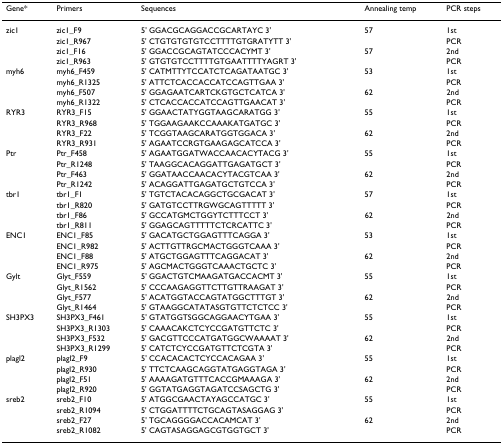
<table><thead><tr><td><b>Gene*</b></td><td><b>Primers</b></td><td><b>Sequences</b></td><td><b>Annealing temp</b></td><td><b>PCR steps</b></td></tr></thead><tbody><tr><td>zic1</td><td>zic1_F9</td><td>5&#x27; GGACGCAGGACCGCARTAYC 3&#x27;</td><td>57</td><td>1st</td></tr><tr><td></td><td>zic1_R967</td><td>5&#x27; CTGTGTGTGTCCTTTTGTGRATYTT 3&#x27;</td><td></td><td>PCR</td></tr><tr><td></td><td>zic1_F16</td><td>5&#x27; GGACCGCAGTATCCCACYMT 3&#x27;</td><td>57</td><td>2nd</td></tr><tr><td></td><td>zic1_R963</td><td>5&#x27; GTGTGTCCTTTTGTGAATTTTYAGRT 3&#x27;</td><td></td><td>PCR</td></tr><tr><td>myh6</td><td>myh6_F459</td><td>5&#x27; CATMTTYTCCATCTCAGATAATGC 3&#x27;</td><td>53</td><td>1st</td></tr><tr><td></td><td>myh6_R1325</td><td>5&#x27; ATTCTCACCACCATCCAGTTGAA 3&#x27;</td><td></td><td>PCR</td></tr><tr><td></td><td>myh6_F507</td><td>5&#x27; GGAGAATCARTCKGTGCTCATCA 3&#x27;</td><td>62</td><td>2nd</td></tr><tr><td></td><td>myh6_R1322</td><td>5&#x27; CTCACCACCATCCAGTTGAACAT 3&#x27;</td><td></td><td>PCR</td></tr><tr><td>RYR3</td><td>RYR3_F15</td><td>5&#x27; GGAACTATYGGTAAGCARATGG 3&#x27;</td><td>55</td><td>1st</td></tr><tr><td></td><td>RYR3_R968</td><td>5&#x27; TGGAAGAAKCCAAAKATGATGC 3&#x27;</td><td></td><td>PCR</td></tr><tr><td></td><td>RYR3_F22</td><td>5&#x27; TCGGTAAGCARATGGTGGACA 3&#x27;</td><td>62</td><td>2nd</td></tr><tr><td></td><td>RYR3_R931</td><td>5&#x27; AGAATCCRGTGAAGAGCATCCA 3&#x27;</td><td></td><td>PCR</td></tr><tr><td>Ptr</td><td>Ptr_F458</td><td>5&#x27; AGAATGGATWACCAACACYTACG 3&#x27;</td><td>55</td><td>1st</td></tr><tr><td></td><td>Ptr_R1248</td><td>5&#x27; TAAGGCACAGGATTGAGATGCT 3&#x27;</td><td></td><td>PCR</td></tr><tr><td></td><td>Ptr_F463</td><td>5&#x27; GGATAACCAACACYTACGTCAA 3&#x27;</td><td>62</td><td>2nd</td></tr><tr><td></td><td>Ptr_R1242</td><td>5&#x27; ACAGGATTGAGATGCTGTCCA 3&#x27;</td><td></td><td>PCR</td></tr><tr><td>tbr1</td><td>tbr1_F1</td><td>5&#x27; TGTCTACACAGGCTGCGACAT 3&#x27;</td><td>57</td><td>1st</td></tr><tr><td></td><td>tbr1_R820</td><td>5&#x27; GATGTCCTTRGWGCAGTTTTT 3&#x27;</td><td></td><td>PCR</td></tr><tr><td></td><td>tbr1_F86</td><td>5&#x27; GCCATGMCTGGYTCTTTCCT 3&#x27;</td><td>62</td><td>2nd</td></tr><tr><td></td><td>tbr1_R811</td><td>5&#x27; GGAGCAGTTTTTCTCRCATTC 3&#x27;</td><td></td><td>PCR</td></tr><tr><td>ENC1</td><td>ENC1_F85</td><td>5&#x27; GACATGCTGGAGTTTCAGGA 3&#x27;</td><td>53</td><td>1st</td></tr><tr><td></td><td>ENC1_R982</td><td>5&#x27; ACTTGTTRGCMACTGGGTCAAA 3&#x27;</td><td></td><td>PCR</td></tr><tr><td></td><td>ENC1_F88</td><td>5&#x27; ATGCTGGAGTTTCAGGACAT 3&#x27;</td><td>62</td><td>2nd</td></tr><tr><td></td><td>ENC1_R975</td><td>5&#x27; AGCMACTGGGTCAAACTGCTC 3&#x27;</td><td></td><td>PCR</td></tr><tr><td>Gylt</td><td>Glyt_F559</td><td>5&#x27; GGACTGTCMAAGATGACCACMT 3&#x27;</td><td>55</td><td>1st</td></tr><tr><td></td><td>Glyt_R1562</td><td>5&#x27; CCCAAGAGGTTCTTGTTRAAGAT 3&#x27;</td><td></td><td>PCR</td></tr><tr><td></td><td>Glyt_F577</td><td>5&#x27; ACATGGTACCAGTATGGCTTTGT 3&#x27;</td><td>62</td><td>2nd</td></tr><tr><td></td><td>Glyt_R1464</td><td>5&#x27; GTAAGGCATATASGTGTTCTCTCC 3&#x27;</td><td></td><td>PCR</td></tr><tr><td>SH3PX3</td><td>SH3PX3_F461</td><td>5&#x27; GTATGGTSGGCAGGAACYTGAA 3&#x27;</td><td>55</td><td>1st</td></tr><tr><td></td><td>SH3PX3_R1303</td><td>5&#x27; CAAACAKCTCYCCGATGTTCTC 3&#x27;</td><td></td><td>PCR</td></tr><tr><td></td><td>SH3PX3_F532</td><td>5&#x27; GACGTTCCCATGATGGCWAAAAT 3&#x27;</td><td>62</td><td>2nd</td></tr><tr><td></td><td>SH3PX3_R1299</td><td>5&#x27; CATCTCYCCGATGTTCTCGTA 3&#x27;</td><td></td><td>PCR</td></tr><tr><td>plagl2</td><td>plagl2_F9</td><td>5&#x27; CCACACACTCYCCACAGAA 3&#x27;</td><td>55</td><td>1st</td></tr><tr><td></td><td>plagl2_R930</td><td>5&#x27; TTCTCAAGCAGGTATGAGGTAGA 3&#x27;</td><td></td><td>PCR</td></tr><tr><td></td><td>plagl2_F51</td><td>5&#x27; AAAAGATGTTTCACCGMAAAGA 3&#x27;</td><td>62</td><td>2nd</td></tr><tr><td></td><td>plagl2_R920</td><td>5&#x27; GGTATGAGGTAGATCCSAGCTG 3&#x27;</td><td></td><td>PCR</td></tr><tr><td>sreb2</td><td>sreb2_F10</td><td>5&#x27; ATGGCGAACTAYAGCCATGC 3&#x27;</td><td>55</td><td>1st</td></tr><tr><td></td><td>sreb2_R1094</td><td>5&#x27; CTGGATTTTCTGCAGTASAGGAG 3&#x27;</td><td></td><td>PCR</td></tr><tr><td></td><td>sreb2_F27</td><td>5&#x27; TGCAGGGGACCACAMCAT 3&#x27;</td><td>62</td><td>2nd</td></tr><tr><td></td><td>sreb2_R1082</td><td>5&#x27; CAGTASAGGAGCGTGGTGCT 3&#x27;</td><td></td><td>PCR</td></tr></tbody></table>